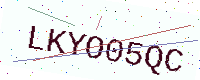
Text: LKYO05QC